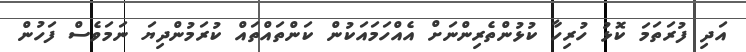
އަދި ފުރަތަމަ ކޮޅު ހުރިހާ ކުޅުންތެރިންނަށް އެއްހަމައަކުން ކަންތައްތައް ކުރަމުންދިޔަ ނަމަވެސް ފަހުން